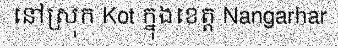
នៅស្រុក Kot ក្នុងខេត្ត Nangarhar